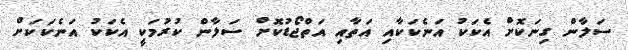
ސަލާން ގިނަކޮށް އެކަކު އަނެކަކާއި އަތާއި އަތްޖޯޑުކޮށް ސަލާން ކުރުމަކީ އެކަކު އަނެކަކަށް